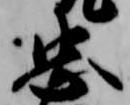
忠